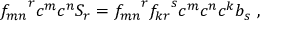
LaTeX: { f _ { m n } } ^ { r } c ^ { m } c ^ { n } S _ { r } = { f _ { m n } } ^ { r } { f _ { k r } } ^ { s } c ^ { m } c ^ { n } c ^ { k } b _ { s } ~ ,